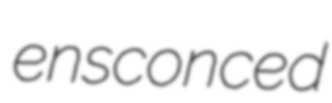
ensconced